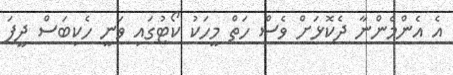
އެ އެންމެންނާ ދެކޮޅަށް ވެސް ހަތް މީހަކު ކޯޓުގައި ވަނީ ހެކިބަސް ދީފަ